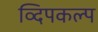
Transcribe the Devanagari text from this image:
व्दिपकल्प